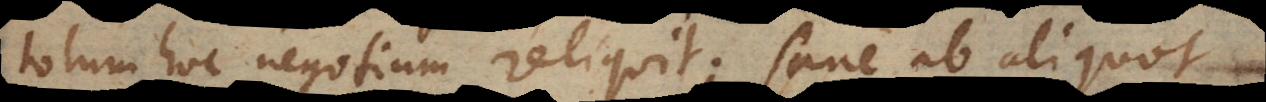
totum hoc negotium reliquit. Sane ab aliquot